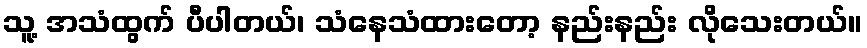
သူ့ အသံထွက် ပီပါတယ်၊ သံနေသံထားတော့ နည်းနည်း လိုသေးတယ်။